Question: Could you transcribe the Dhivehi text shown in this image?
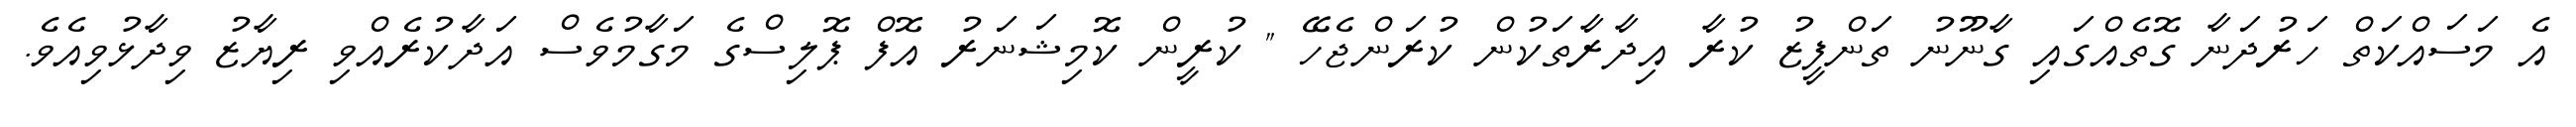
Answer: އެ މަސައްކަތް ހަރުދަނާ ގޮތެއްގައި ގާނޫނު ތަންފީޒު ކުރާ އިދާރާތަކުން ކުރަންޖެހޭ " ކުރީން ކޮމިޝަނަރު އޮފް ޕޮލިސްގެ މަގާމުވެސް އަދާކުރެއްވި ރިޔާޒު ވިދާޅުވިއެވެ.